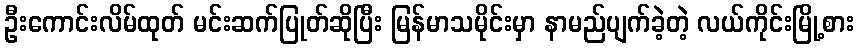
ဦးကောင်းလိမ်ထုတ် မင်းဆက်ပြုတ်ဆိုပြီး မြန်မာသမိုင်းမှာ နာမည်ပျက်ခဲ့တဲ့ လယ်ကိုင်းမြို့စား